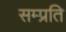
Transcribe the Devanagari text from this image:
सम्‍प्रति